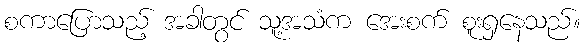
စကာပြောသည့် အခါတွင် သူ့အသံက အေးစက် စူးရှနေသည်။